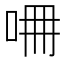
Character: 𠱡